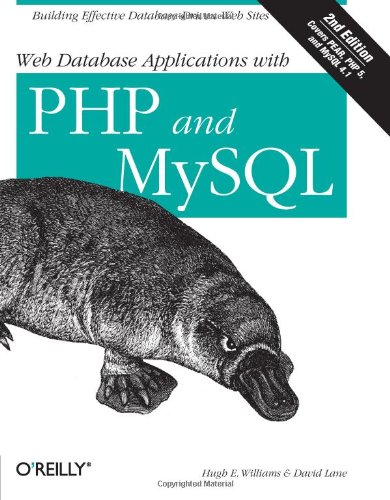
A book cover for Web Database Applications with PHP & MySQL, 2nd Edition; Hugh E. Williams; Computers & Technology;